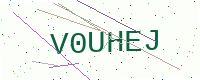
Text: V0UHEJ